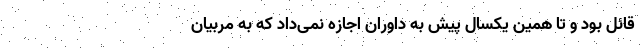
قائل بود و تا همین یکسال پیش به داوران اجازه نمی‌داد که به مربیان